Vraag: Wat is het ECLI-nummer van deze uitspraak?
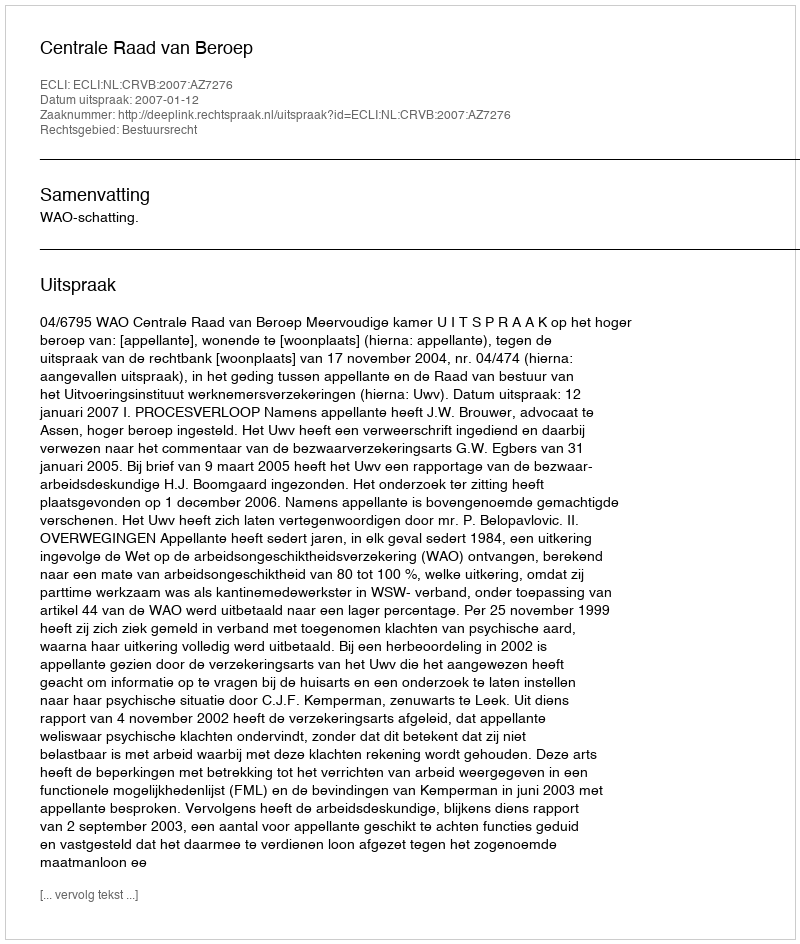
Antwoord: ECLI:NL:CRVB:2007:AZ7276